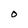
Character: O